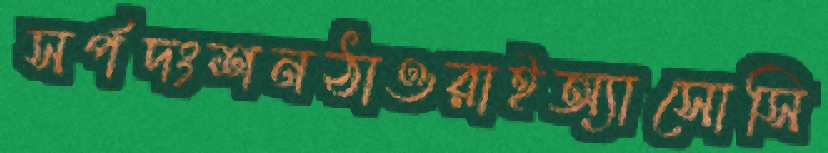
সর্পদংশনঠাওরাইঅ্যাসোসি